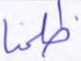
ظلمنا